Lunatic asylums Central Provinces reports 1886-1894 - 1886-1894
Year: 1886
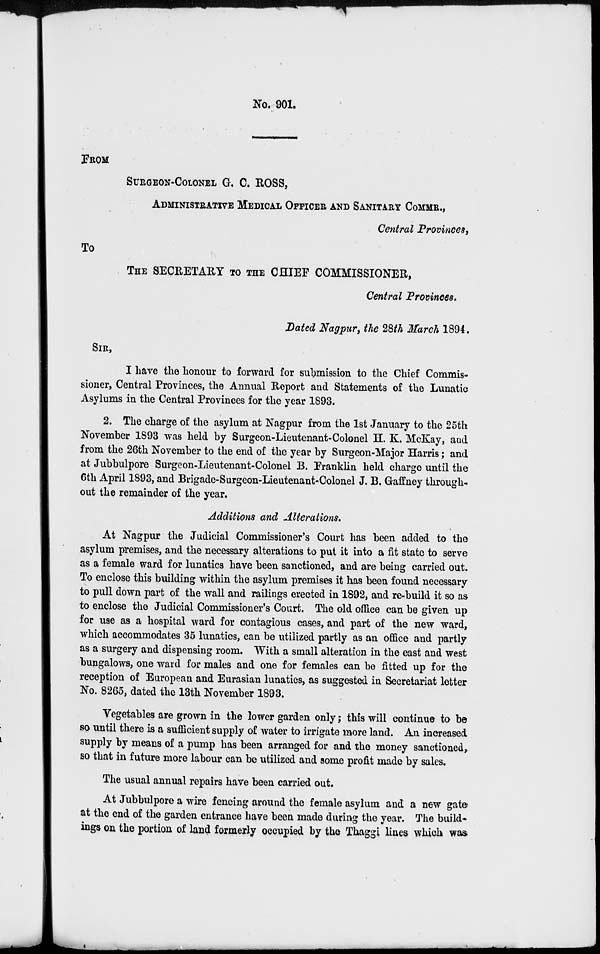
No. 901.
FROM
SURGEON-COLONEL G. C. ROSS,
ADMINISTRATIVE MEDICAL OFFICER AND SANITARY COMMR.,
Central Provinces,
To
THE SECRETARY TO THE CHIEF COMMISSIONER,
Central Provinces.
Dated Nagpur, the 28th March 1894.
SIR,
I have the honour to forward for submission to the Chief Commis-
sioner, Central Provinces, the Annual Report and Statements of the Lunatic
Asylums in the Central Provinces for the year 1893.
2. The charge of the asylum at Nagpur from the 1st January to the 25th
November 1893 was held by Surgeon-Lieutenant-Colonel H. K. McKay, and
from the 26th November to the end of the year by Surgeon-Major Harris; and
at Jubbulpore Surgeon-Lieutenant-Colonel B. Franklin held charge until the
6th April 1893, and Brigade-Surgeon-Lieutenant-Colonel J. B. Gaffney through-
out the remainder of the year.
Additions and Alterations.
At Nagpur the Judicial Commissioner's Court has been added to the
asylum premises, and the necessary alterations to put it into a fit state to serve
as a female ward for lunatics have been sanctioned, and are being carried out.
To enclose this building within the asylum premises it has been found necessary
to pull down part of the wall and railings erected in 1892, and re-build it so as
to enclose the Judicial Commissioner's Court. The old office can be given up
for use as a hospital ward for contagious cases, and part of the new ward,
which accommodates 35 lunatics, can be utilized partly as an office and partly
as a surgery and dispensing room. With a small alteration in the east and west
bungalows, one ward for males and one for females can be fitted up for the
reception of European and Eurasian lunatics, as suggested in Secretariat letter
No. 8265, dated the 13th November 1893.
Vegetables are grown in the lower garden only; this will continue to be
so until there is a sufficient supply of water to irrigate more land. An increased
supply by means of a pump has been arranged for and the money sanctioned-
so that in future more labour can be utilized and some profit made by sales.
The usual annual repairs have been carried out.
At Jubbulpore a wire fencing around the female asylum and a new gate
at the end of the garden entrance have been made during the year. The build-
ings on the portion of land formerly occupied by the Thaggi lines which was